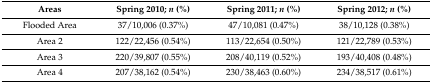
<table><thead><tr><td><b>Areas </b></td><td><b>Spring 2010; <i>n</i> (%)</b></td><td><b>Spring 2011; <i>n</i> (%)</b></td><td><b>Spring 2012; <i>n</i> (%)</b></td></tr></thead><tbody><tr><td>Flooded Area</td><td>37/10,006 (0.37%)</td><td>47/10,081 (0.47%)</td><td>38/10,128 (0.38%)</td></tr><tr><td>Area 2</td><td>122/22,456 (0.54%)</td><td>113/22,654 (0.50%)</td><td>121/22,789 (0.53%)</td></tr><tr><td>Area 3</td><td>220/39,807 (0.55%)</td><td>208/40,119 (0.52%)</td><td>193/40,408 (0.48%)</td></tr><tr><td>Area 4</td><td>207/38,162 (0.54%)</td><td>230/38,463 (0.60%)</td><td>234/38,517 (0.61%)</td></tr></tbody></table>